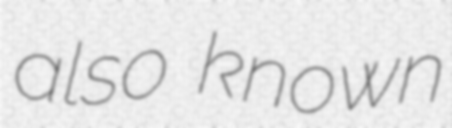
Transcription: also known